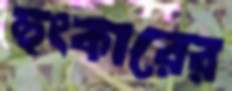
হুংকারের